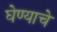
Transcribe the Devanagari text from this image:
घेण्‍याचे